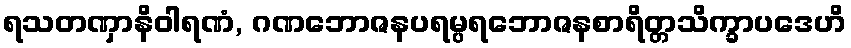
ရသတဏှာနိဝါရဏံ, ဂဏဘောဇနပရမ္ပရဘောဇနစာရိတ္တသိက္ခာပဒေဟိ